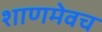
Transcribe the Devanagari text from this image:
शाणमेवच